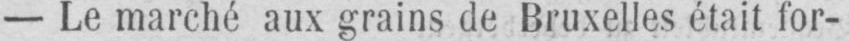
- Le marché aux grains de Bruxelles était for-